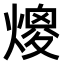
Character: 𤎑